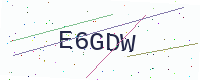
Text: E6GDW